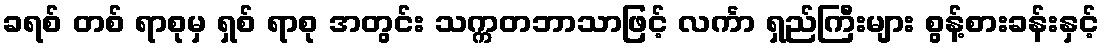
ခရစ် တစ် ရာစုမှ ရှစ် ရာစု အတွင်း သက္ကတဘာသာဖြင့် လင်္ကာ ရှည်ကြီးများ စွန့်စားခန်းနှင့်